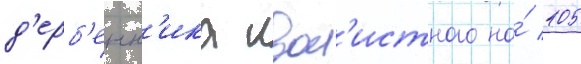
д'ерб'енн'ика ивол'истного на́ 105